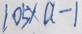
1 0 5 \times a - 1